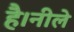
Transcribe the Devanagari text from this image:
है।नीले